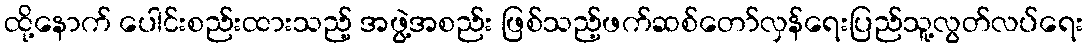
ထို့နောက် ပေါင်းစည်းထားသည့် အဖွဲ့အစည်း ဖြစ်သည့်ဖက်ဆစ်တော်လှန်ရေးပြည်သူ့လွတ်လပ်ရေး